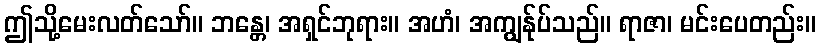
ဤသို့မေးလတ်သော်။ ဘန္တေ၊ အရှင်ဘုရား။ အဟံ၊ အကျွန်ုပ်သည်။ ရာဇာ၊ မင်းပေတည်း။